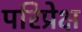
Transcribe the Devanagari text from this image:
परिप्रेक्ष